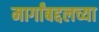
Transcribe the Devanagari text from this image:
मार्गांबद्दलच्या